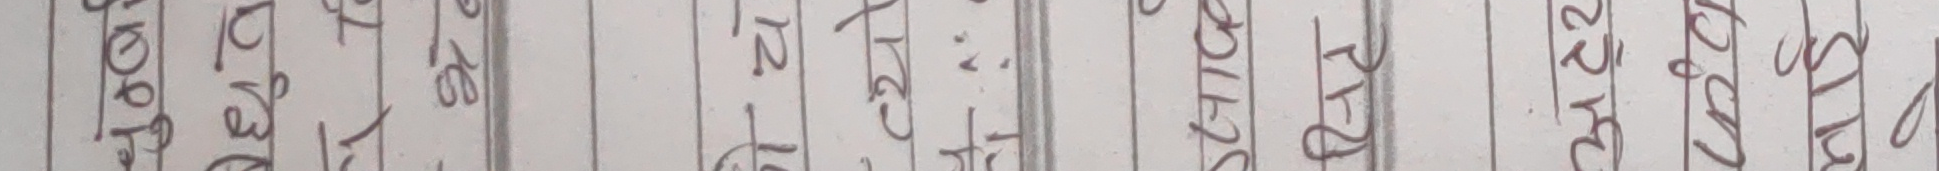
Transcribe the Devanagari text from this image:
ब. ल. ३० ७८ खं वि प श्री २२५
१७ ८९ १० १६ ५ ५१ चौ
१८ १२ १८ २० २ ५३ २८०
१९ १३ १९ २१ ७ १४ खे
२० १४ २५ २२ ८ २२ २४२
२१ १५ ३० २८ ९ २८ पान
२२ २३ ३१ २९ २० ३७ २४०
२३ २४ ३६ ३५ ३२ ४० मा
२४ ३२ ३९ ३९ ३८ ४२ २४
२५ ३४ ४१ ४२ ३६ ४८ २
२६ ३६ ४३ ४६ ४१ ५४ २५
२७ ४० ४८ ४६ ४१ ५८ २५